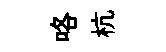
咯杭